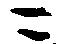
ニ